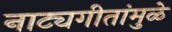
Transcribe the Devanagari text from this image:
नाट्यगीतांमुळे